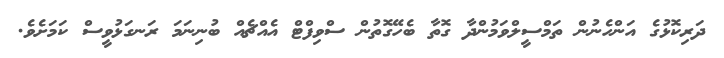
ދަރިކޮޅުގެ އަންހެނުން ތަމްސީލްވަމުންދާ ގޮތާ ބެހޭގޮތުން ސްވިފްޓް އެއްޗެއް ބުނިނަމަ ރަނގަޅުވީސް ކަމަށެވެ.